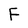
Character: F